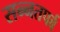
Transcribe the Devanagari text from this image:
सन्नतपर्व